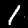
Label: 1